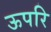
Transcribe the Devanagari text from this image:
ऊपरि